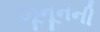
ઝૂનૂનની